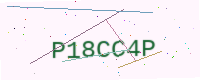
Text: P18CC4P